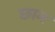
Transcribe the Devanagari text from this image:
छाम